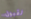
لقبول